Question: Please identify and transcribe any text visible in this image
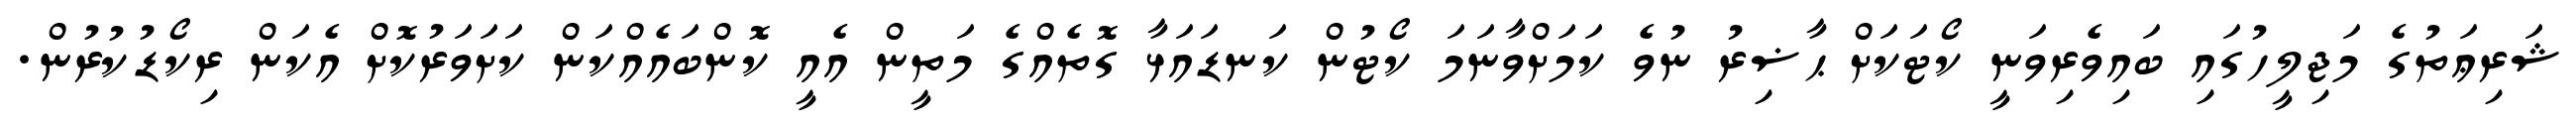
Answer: ޝަރިޢަތުގެ މަޖިލީހުގައި ބައިވެރިވަނީ ކޯޓަކަށް ޙާޟިރު ނުވެ ކަމަށްވާނަމަ ކޯޓުން ކަނޑައަޅާ ގޮތެއްގެ މަތީން އެއީ ކޮންބައެއްކަން ކަށަވަރުކޮށް އެކަން ރިކޯޑުކުރުން.